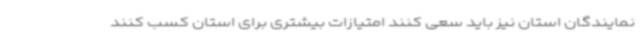
نمایندگان استان نیز باید سعی کنند امتیازات بیشتری برای استان کسب کنند